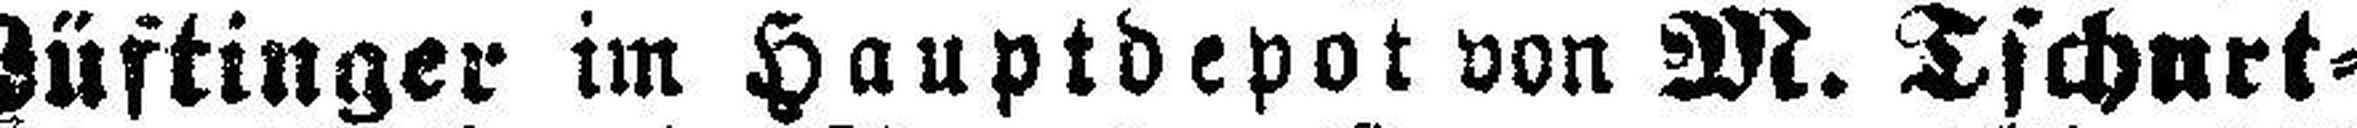
Lüftinger im Hauptdepot von M. Tschurt¬